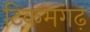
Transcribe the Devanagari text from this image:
टिकमगढ़